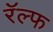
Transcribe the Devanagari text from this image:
रॅल्फ